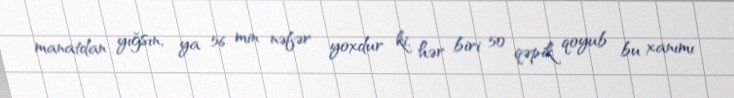
manatdan yığsın, ya 56 min nəfər yoxdur ki, hər biri 50 qəpik qoyub bu xanımı